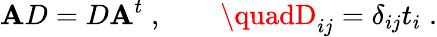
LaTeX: \mathbf{A}D=D\mathbf{A}^{t}\; ,\quad\quad\quadD_{ij}=\delta_{ij}t_{i}\; .